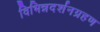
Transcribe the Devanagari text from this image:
विभिन्नदर्शनग्रहण